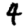
Digit: 4